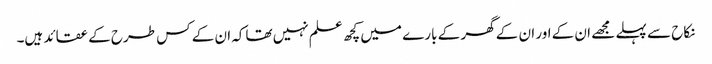
نکاح سے پہلے مجھے ان کے اور ان کے گھر کے بارے میں کچھ علم نہیں تھاکہ ان کے کس طرح کے عقائد ہیں۔